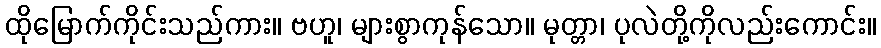
ထိုမြောက်ကိုင်းသည်ကား။ ဗဟူ၊ များစွာကုန်သော။ မုတ္တာ၊ ပုလဲတို့ကိုလည်းကောင်း။